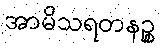
အာမိသရတနဉ္စ